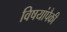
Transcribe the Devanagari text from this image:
विषयांपैकी